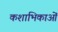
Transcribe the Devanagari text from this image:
कशाभिकाओं